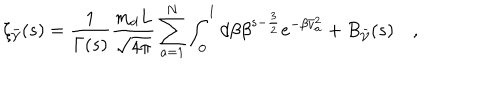
\zeta _ { \bar { \cal V } } ( s ) = \frac { 1 } { \Gamma ( s ) } \frac { m _ { d } L } { \sqrt { 4 \pi } } \sum _ { a = 1 } ^ { N } \int _ { 0 } ^ { 1 } d \beta \beta ^ { s - \frac { 3 } { 2 } } e ^ { - \beta \bar { v } _ { a } ^ { 2 } } + B _ { \bar { \cal V } } ( s ) \quad ,